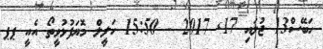
ހަބޭސް13 ޖުލައި 17